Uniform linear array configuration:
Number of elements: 16
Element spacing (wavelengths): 0.5
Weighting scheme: binomial
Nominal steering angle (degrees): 15
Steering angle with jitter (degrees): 14.064
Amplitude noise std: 0.05
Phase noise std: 0.05

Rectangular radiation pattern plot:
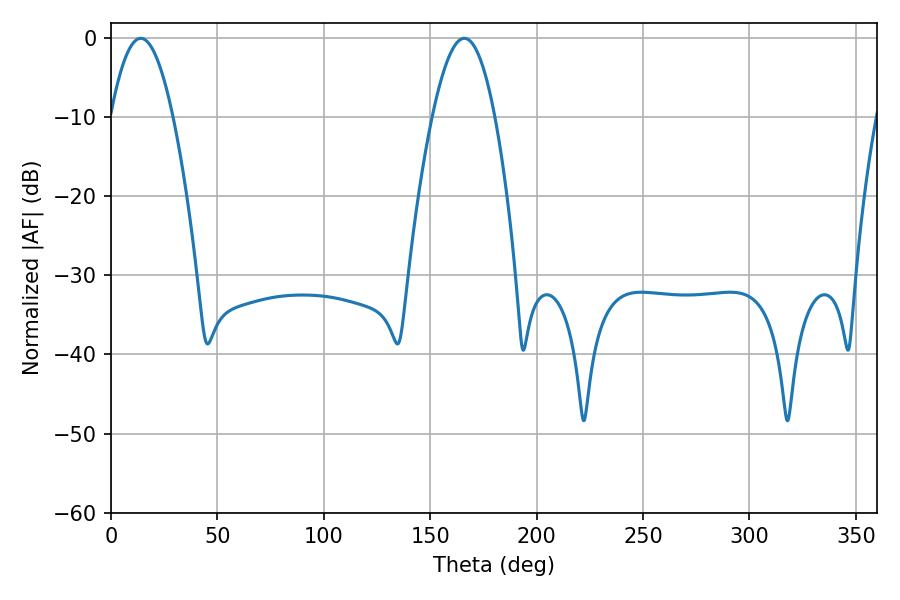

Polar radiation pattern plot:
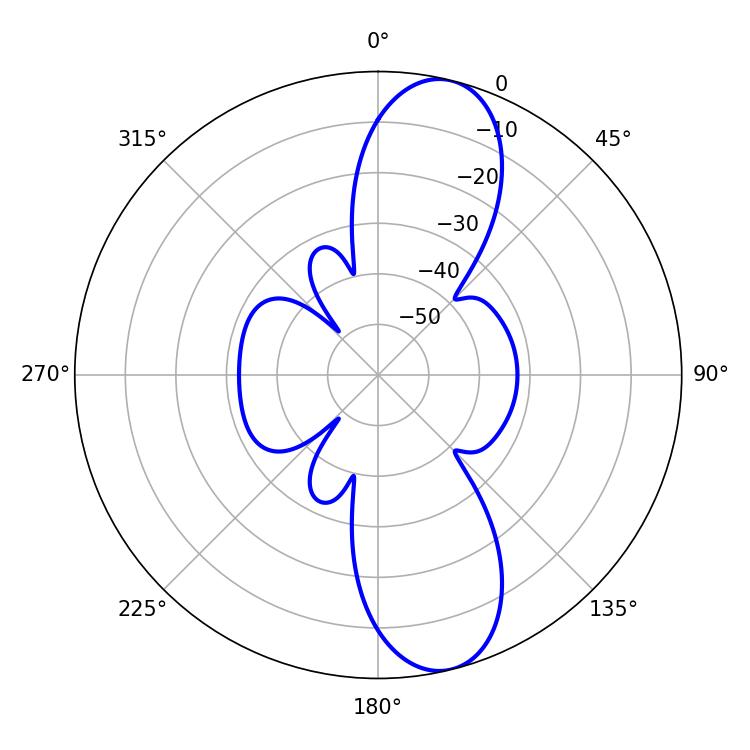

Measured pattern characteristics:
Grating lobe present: FALSE
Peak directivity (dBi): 11.34
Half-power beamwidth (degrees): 16.02
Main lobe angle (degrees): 14.04